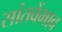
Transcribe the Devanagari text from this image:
सांतवेंभाव